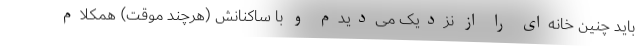
باید چنین خانه‌ای را از نزدیک می‌دیدم و با ساکنانش (هرچند موقت) همکلام